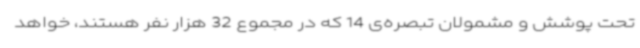
تحت پوشش و مشمولان تبصره‌ی 14 که در مجموع 32 هزار نفر هستند، خواهد